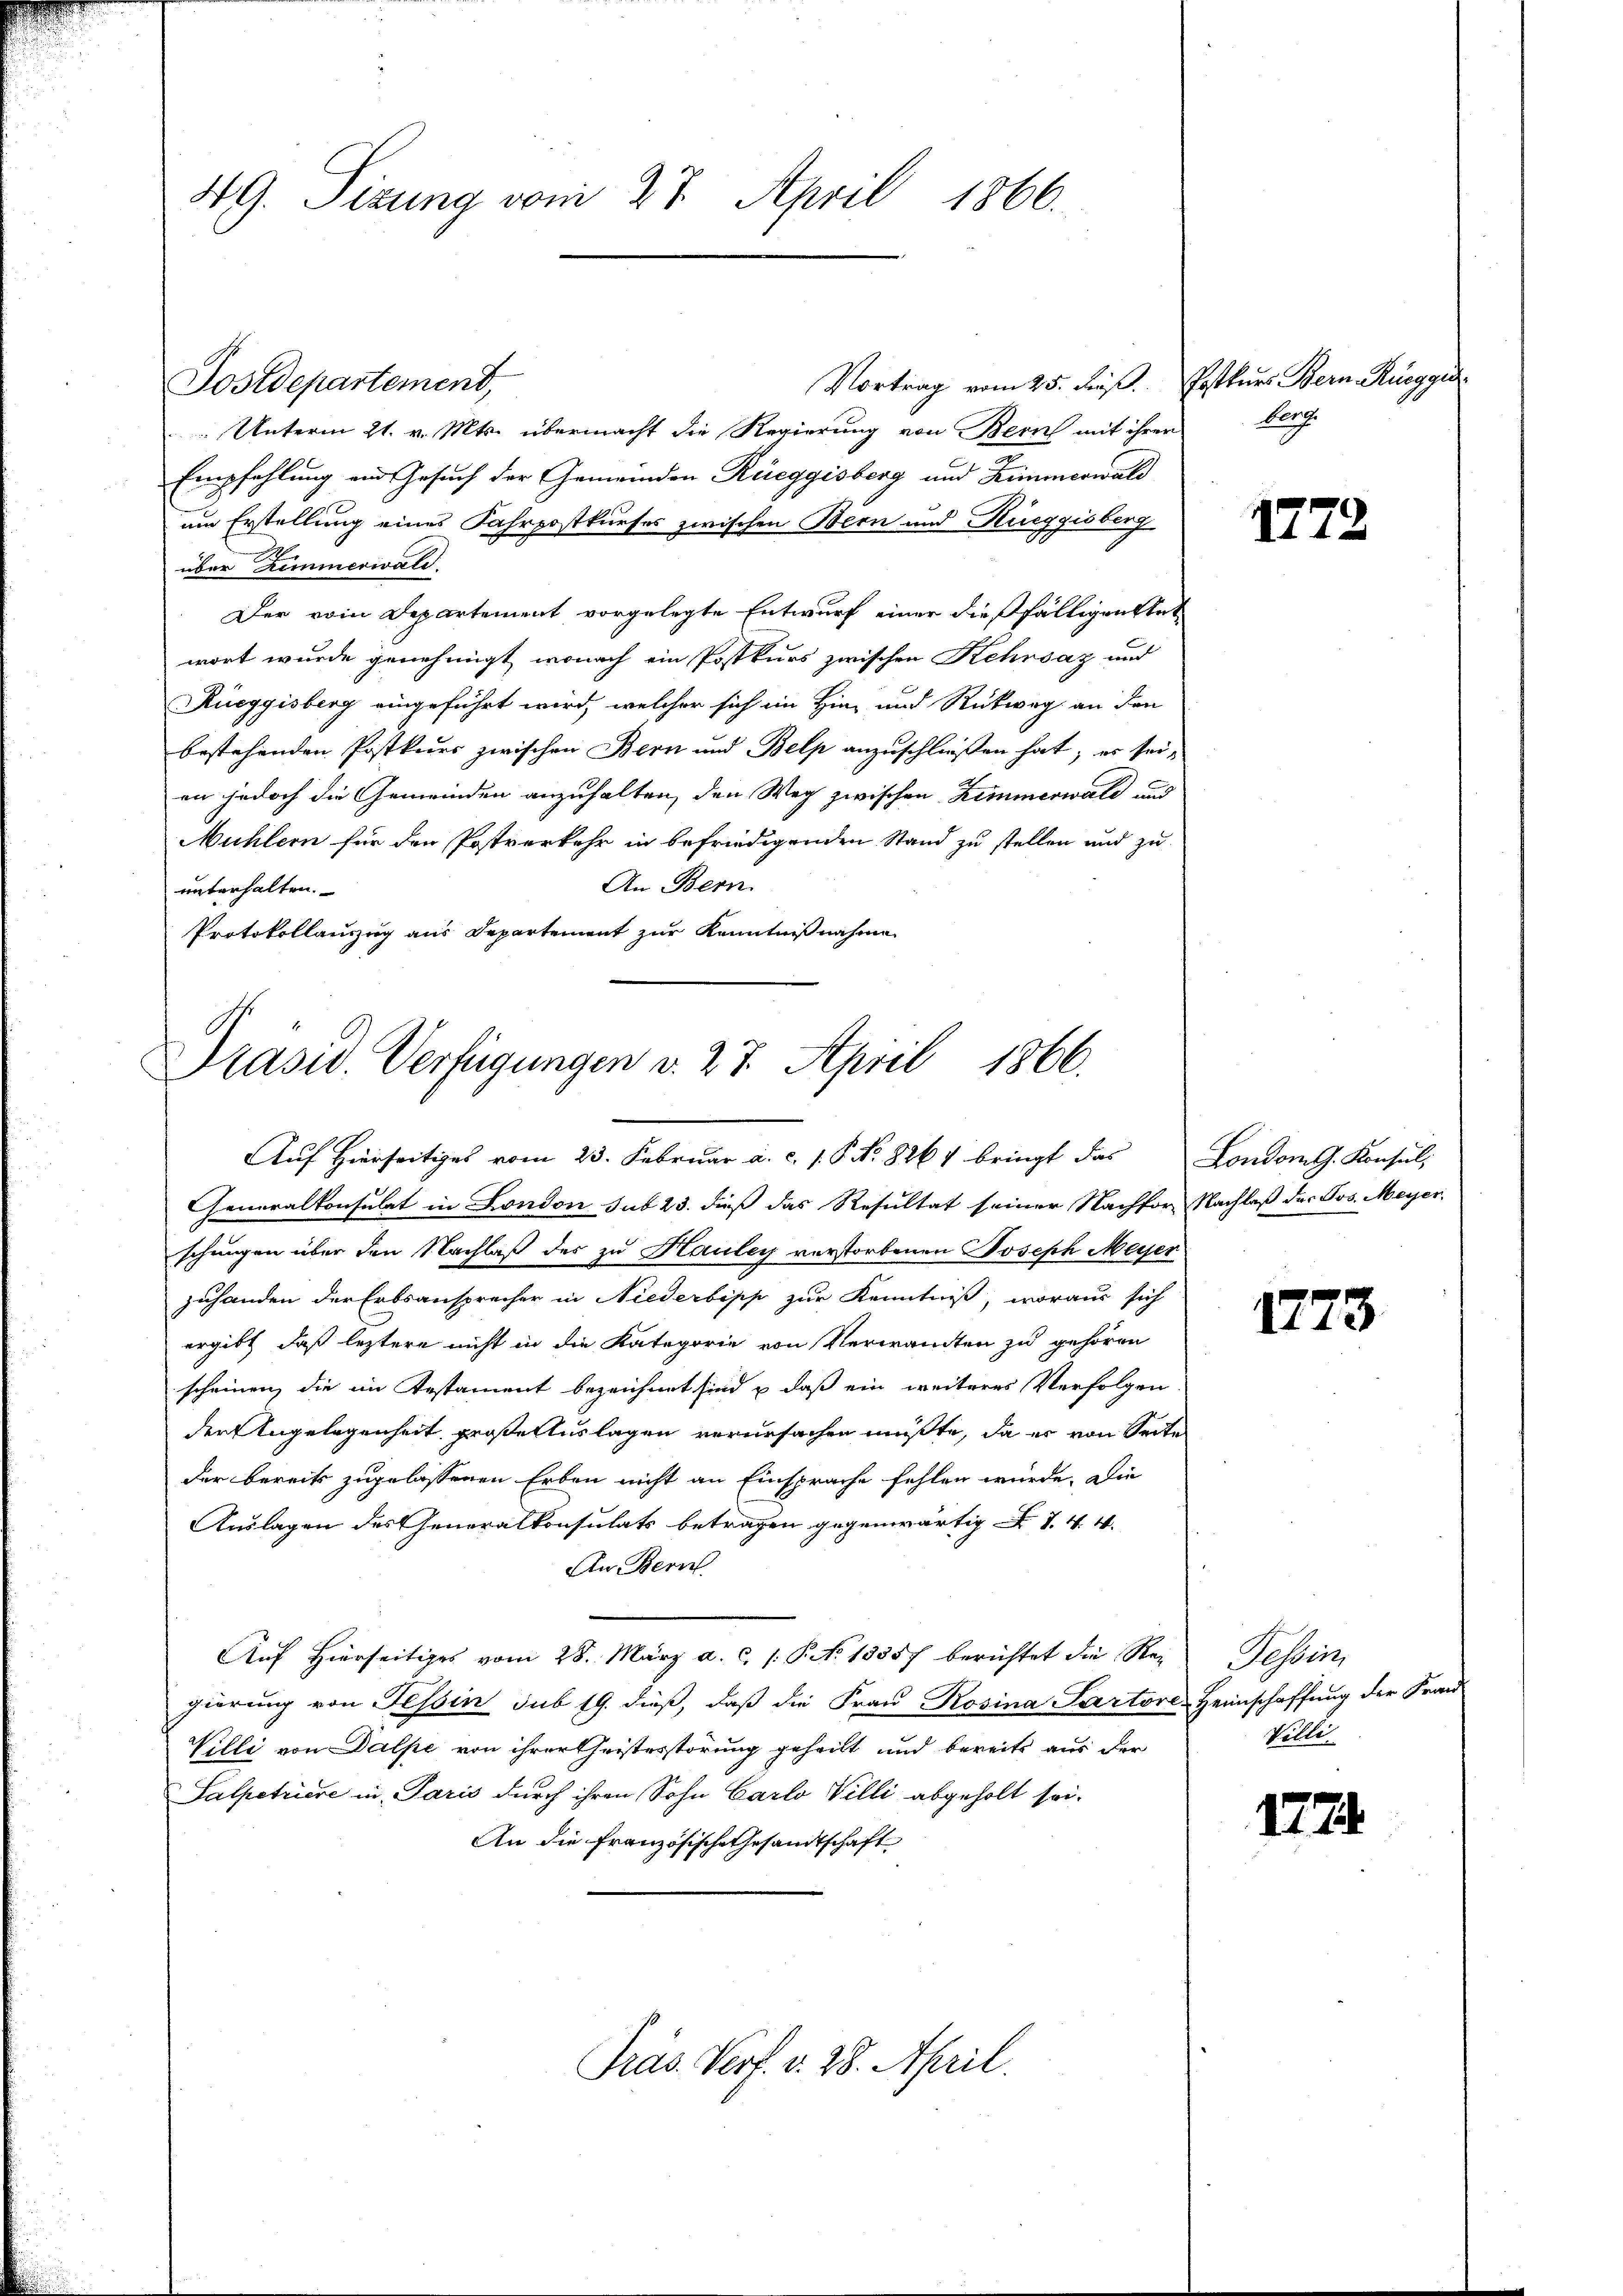
49. Sizung vom 27. April 1866.

Vortrag vom 25. Fuß. Postkurs Bern-Rüeggi
Unterm 21. v. Mts. übermacht die Regierung von Bern mit ihrer
Empfehlung und Gesuch der Gemeinden Rüeggisberg und Zimmerwald
um Erstellung eines Fahrpostkurses zwischen Bern und Rüeggisberg
über Zimmerwald.
Der vom Departement vorgelegte Entwurf einer dießfälligen Stat
wort wurde genehmigt, wonach ein Postkurs zwischen Kehrsaz und
Rüeggisberg eingeführt wird, welcher sich im Hin- und Rückweg an den
bestehenden Postkurs zwischen Bern und Belp anzuschließen hat; es sei-
en jedoch die Gemeinden anzuhalten, den Weg zwischen Zimmerwald und
Mühlern für den Postverkehr in befriedigenden Stand zu stellen und zu
An Bern.
unterhalten.
Protokollauszug aus Departement zur Kenntnißnahme

Postdepartement,

Präsid. Verfügungen v. 27. April 1866.
Auf Hierseitiges vom 23. Februar a. c. 1. P. Nr. 8261 bringt das London G. Konsul,

Generalkonsulat in London sub 23. dieß das Resultat seiner Nachfor Nachlaß des Jos. Meyer
schungen über den Nachlaß des zu Hauley verstorbenen Joseph Meyer
zuhanden der Erbsanspracher in Niederbipp zur Kenntniß, woraus sich
ergibt, daß leztere nicht in die Kategorie von Verwandten zu gehören
scheinen, die im Testament bezeichnet sind & daß ein weiteres Verfolgen.
den Angelegenheit große Auslagen verursachen müßte, da er von Seite
der bereits zugelassenen Erben nicht an Einsprache fehlen würde. Die
Auslagen des Generalkonsulats betragen gegenwärtig IV 44.
An Bern
Auf hierseitiges vom 28. März a. c. /: P. No 13357 berichtet die Rei
gierung von Tessin sub 19. dieß, daß die Frau Rosina Partorl-Heimschaffung der Fran-
Villi von Dalpe von ihrer Christesstörung geheilt und bereits aus der
Salpetriere in Paris durch ihren Sohn Carlo Villi abgeholt sei-
An die Französische Gesandtschaft

Präs. Verf. v. 28. April.

Lorp.

1772

173

Rescrit,
Noll

1774.